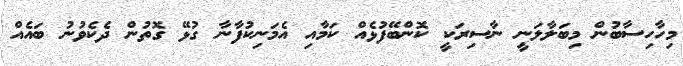
މިހާހިސާބުން މިބަލާލަނީ ނާސިރަކީ ކޮންބޭފުޅެއް ކަމާއި އެމަނިކުފާނާ ގުޅޭ ގޮތުން ދެކެވުނު ބައެއް